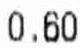
0.60